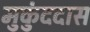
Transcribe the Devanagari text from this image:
मुकुंददास